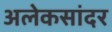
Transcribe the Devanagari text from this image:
अलेकसांदर